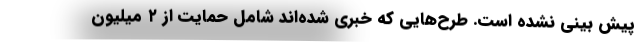
پیش بینی نشده است. طرح‌هایی که خبری شده‌اند شاملِ حمایت از ۲ میلیون